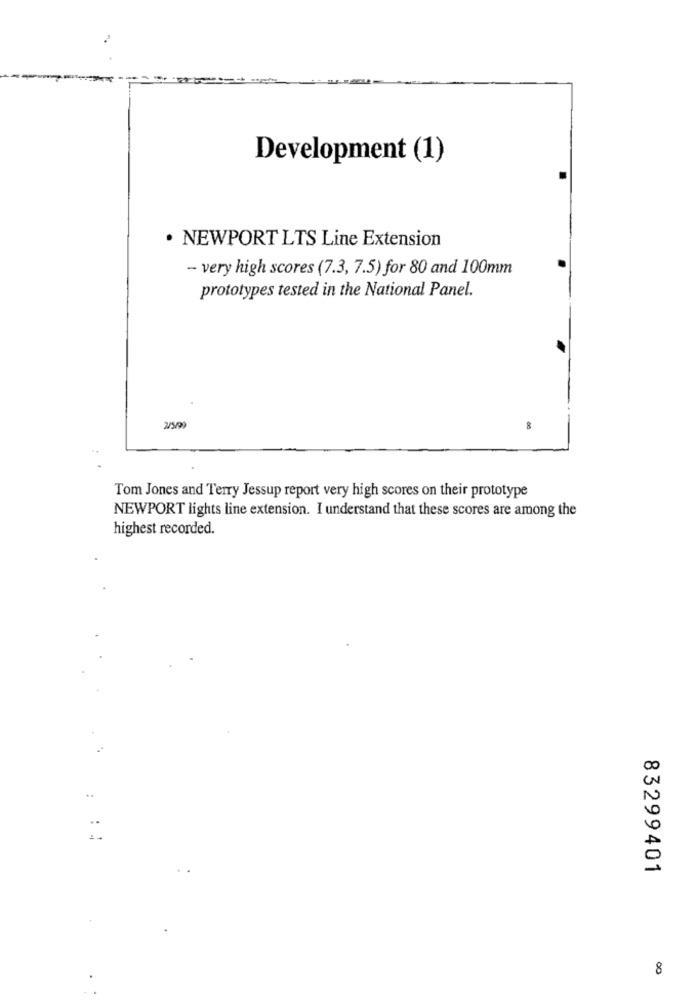
Development (1)
· NEWPORT LTS Line Extension
- very high scores (7.3, 7.5) for 80 and 100mm
prototypes tested in the National Panel.
8
Tom Jones and Terry Jessup report very high scores on their prototype
NEWPORT lights line extension. I understand that these scores are among the
highest recorded.
..
N
: 4
C
83299401
8